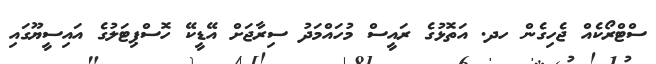
ސްޓްރޯކެއް ޖެހިގެން ހދ. އަތޮޅުގެ ރައީސް މުހައްމަދު ސިރާޖަށް އޭޑީކޭ ހޮސްޕިޓަލުގެ އައިސީޔޫގައި